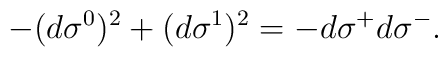
-(d\sigma^0)^2 + (d\sigma^1)^2 = - d\sigma^+ d \sigma^- .